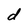
Character: d